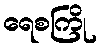
ရေစကြို